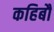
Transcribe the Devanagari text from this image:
कहिबौ